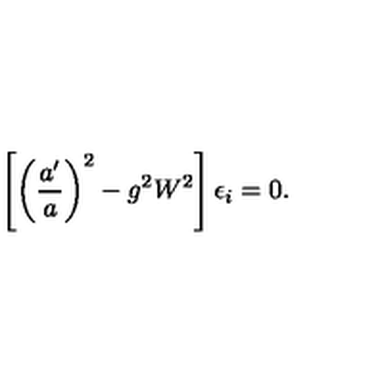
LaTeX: \left[ \left( \frac { a ^ { \prime } } { a } \right) ^ { 2 } - g ^ { 2 } W ^ { 2 } \right] \epsilon _ { i } = 0 .